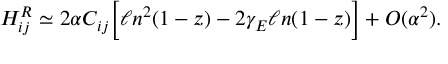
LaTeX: { \cal H } _ { i j } ^ { R } \simeq 2 \alpha C _ { i j } \biggl [ \ell n ^ { 2 } ( 1 - z ) - 2 \gamma _ { E } \ell n ( 1 - z ) \biggr ] + { \cal O } ( \alpha ^ { 2 } ) .